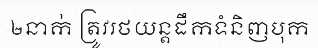
២នាក់ ត្រូវរថយន្តដឹកទំនិញបុក